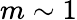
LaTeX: m\sim 1